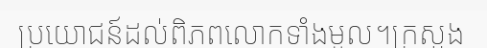
ប្រយោជន៍ដល់ពិភពលោកទាំងមូល។ក្រសួង